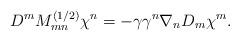
LaTeX: \begin{align*}D^m M_{mn}^{(1/2)} \chi^n = -\gamma \gamma^n \nabla_n D_m \chi^m.\end{align*}